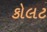
કોલટ